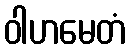
ဝါဟမေတံ